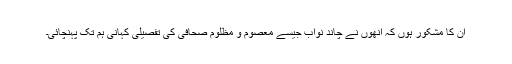
ان کا مشکور ہوں کہ انھوں نے چاند نواب جیسے معصوم و مظلوم صحافی کی تفصیلی کہانی ہم تک پہنچائی۔